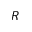
R